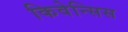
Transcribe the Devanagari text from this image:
किवेन्सिस